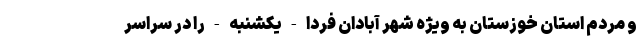
و مردم استان خوزستان به ویژه شهر آبادان فردا - یکشنبه - را در سراسر